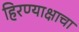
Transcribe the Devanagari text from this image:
हिरण्याक्षाचा